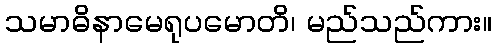
သမာဓိနာမေရုပမောတိ၊ မည်သည်ကား။